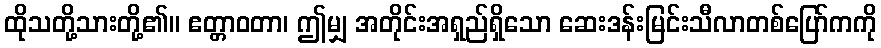
ထိုသတို့သားတို့၏။ ဧတ္တာဝတာ၊ ဤမျှ အတိုင်းအရှည်ရှိသော ဆေးဒန်းမြင်းသီလာတစ်ပြော်ကကို